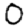
Digit: 0